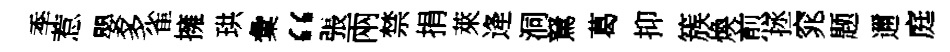
季惹嬰多雀擁珙彙“張兩禁捐萊逄洞駑葛抑簇煥煎拯窕题邇庭